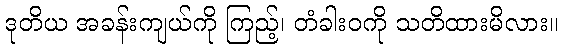
ဒုတိယ အခန်းကျယ်ကို ကြည့်၊ တံခါးဝကို သတိထားမိလား။